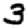
Digit: 3